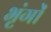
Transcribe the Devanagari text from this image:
भृंगों